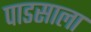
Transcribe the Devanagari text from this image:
पाडसाला